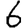
Digit: 6